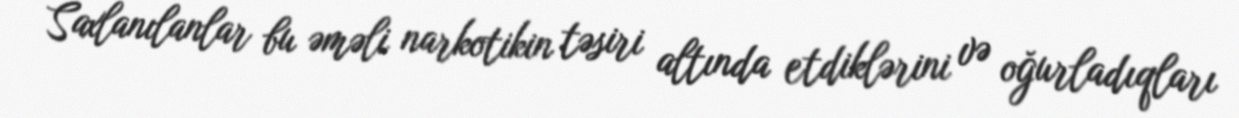
Saxlanılanlar bu əməli narkotikin təsiri altında etdiklərini və oğurladıqları